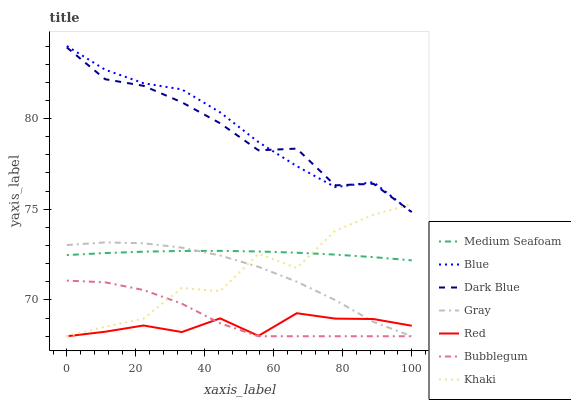
| xaxis_label | Medium Seafoam | Blue | Dark Blue | Gray | Red | Bubblegum | Khaki |
 | --- | --- | --- | --- | --- | --- | --- | --- |
 | 0 | 72.5 | 84 | 83.9 | 73 | 68 | 71.1 | 68 |
 | 11.1 | 72.6 | 82.7 | 82.2 | 73.2 | 68.2 | 71 | 68.5 |
 | 22.2 | 72.7 | 81.9 | 81.8 | 73.1 | 68.6 | 70.5 | 69 |
 | 33.3 | 72.7 | 81.6 | 80.9 | 72.9 | 68.2 | 69.8 | 70.7 |
 | 44.4 | 72.7 | 80.3 | 79.7 | 72.5 | 69 | 68.7 | 70.5 |
 | 55.6 | 72.7 | 78.7 | 78.3 | 71.8 | 68 | 68 | 72.5 |
 | 66.7 | 72.6 | 77.4 | 78.3 | 71 | 69.3 | 68 | 71.8 |
 | 77.8 | 72.5 | 76.2 | 76.3 | 70 | 69 | 68 | 73.8 |
 | 88.9 | 72.4 | 76.5 | 76.4 | 68.8 | 68.9 | 68 | 74.7 |
 | 100 | 72.2 | 74.8 | 74.8 | 68 | 68.6 | 68 | 75.3 |